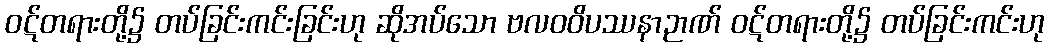
ဝဋ်တရားတို့၌ တပ်ခြင်းကင်းခြင်းဟု ဆိုအပ်သော ဗလဝဝိပဿနာဉာဏ် ဝဋ်တရားတို့၌ တပ်ခြင်းကင်းဟု